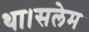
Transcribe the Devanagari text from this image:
था।सलेम